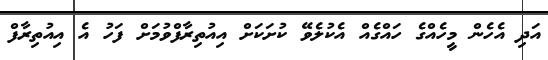
އަދި އެހެން މީހެއްގެ ހައްގެއް އެކުލެވޭ ކުށަކަށް އިއުތިރާފްވުމަށް ފަހު އެ އިއުތިރާފް